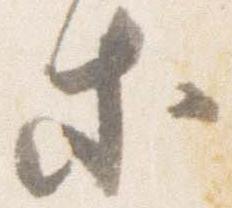
等